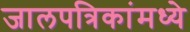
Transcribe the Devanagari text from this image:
जालपत्रिकांमध्ये